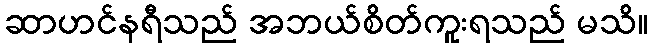
ဆာဟင်နရီသည် အဘယ်စိတ်ကူးရသည် မသိ။